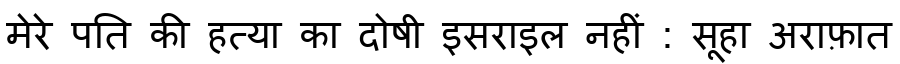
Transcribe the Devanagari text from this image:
मेरे पति की हत्या का दोषी इसराइल नहीं : सूहा अराफ़ात